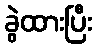
ခွဲထားပြီး